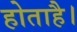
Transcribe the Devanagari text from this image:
होताहै।